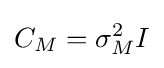
C_{M}=\sigma _{M}^{2}I